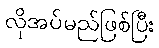
လိုအပ်မည်ဖြစ်ပြီး